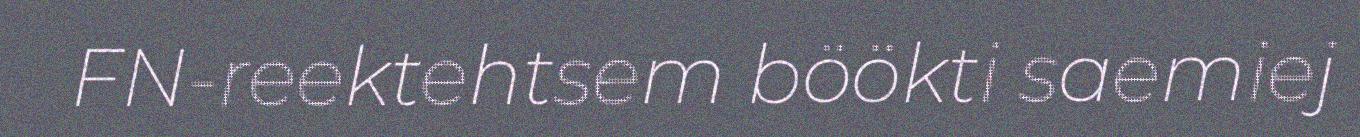
FN-reektehtsem böökti saemiej